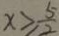
x \geq \frac { 5 } { 2 }